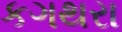
કગથરા